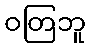
ဝတြဘူ